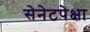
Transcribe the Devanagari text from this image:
सेनेटपेक्षा